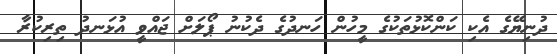
ދުނިޔޭގެ އެކި ކަންކޮޅުތަކުގެ މީހުން ހަނދުގެ ދެކުނު ޕޯލަށް ޖައްވީ އުޅަނދު ތިރިކުރާ